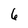
Character: 6